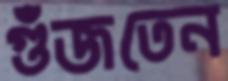
গুঁজতেন